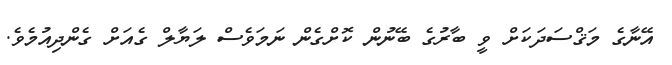
އޭނާގެ މަޤްސަދަކަށް ވީ ބާރުގެ ބޭނުން ކޮށްގެން ނަމަވެސް ލަޔާލް ގެއަށް ގެންދިއުމެވެ.